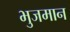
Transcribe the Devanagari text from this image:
भुजमान